Report on vaccination in the Province of Bengal - 1869-1873
Year: 1869
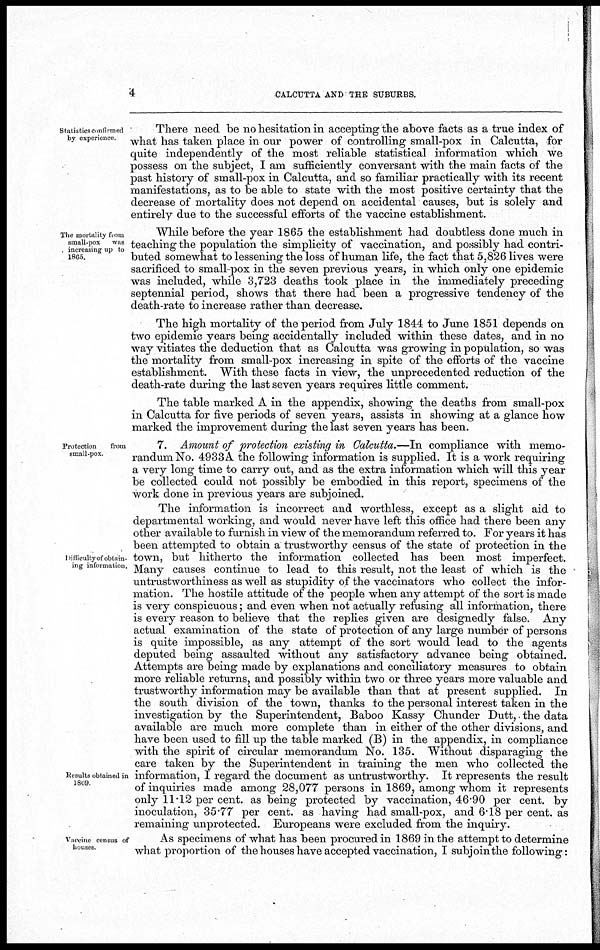
4
CALCUTTA AND THE SUBURBS.
Statistics confirmed
by experience.
There need be no hesitation in accepting the above facts as a true index of
what has taken place in our power of controlling small-pox in Calcutta, for
quite independently of the most reliable statistical information which we
possess on the subject, I am sufficiently conversant with the main facts of the
past history of small-pox in Calcutta, and so familiar practically with its recent
manifestations, as to be able to state with the most positive certainty that the
decrease of mortality does not depend on accidental causes, but is solely and
entirely due to the successful efforts of the vaccine establishment.
The mortality from
small-pox was
increasing up to
1865.
While before the year 1865 the establishment had doubtless done much in
teaching the population the simplicity of vaccination, and possibly had contri-
buted somewhat to lessening the loss of human life, the fact that 5,826 lives were
sacrificed to small pox in the seven previous years, in which only one epidemic
was included, while 3,723 deaths took place in the immediately preceding
septennial period, shows that there had been a progressive tendency of the
death-rate to increase rather than decrease.
The high mortality of the period from July 1844 to June 1851 depends on
two epidemic years being accidentally included within these dates, and in no
way vitiates the deduction that as Calcutta was growing in population, so was
the mortality from small-pox increasing in spite of the efforts of the vaccine
establishment. With these facts in view, the unprecedented reduction of the
death-rate during the last seven years requires little comment.
The table marked A in the appendix, showing the deaths from small-pox
in Calcutta for five periods of seven years, assists in showing at a glance how
marked the improvement during the last seven years has been.
Protection
from
small-pox
7. Amount of protection existing in Calcutta.—In compliance with memo-
randum No. 4933A the following information is supplied. It is a work requiring
a very long time to carry out, and as the extra information which will this year
be collected could not possibly be embodied in this report, specimens of the
work done in previous years are subjoined.
Difficulty of obtain-
ing information.
Results obtained in
1869.
The information is incorrect and worthless, except as a slight aid to
departmental working, and would never have left this office had there been any
other available to furnish in view of the memorandum referred to. For years it has
been attempted to obtain a trustworthy census of the state of protection in the
town, but hitherto the information collected has been most imperfect.
Many causes continue to lead to this result, not the least of which is the
untrustworthiness as well as stupidity of the vaccinators who collect the infor-
mation. The hostile attitude of the people when any attempt of the sort is made
is very conspicuous; and even when not actually refusing all information, there
is every reason to believe that the replies given are designedly false. Any
actual examination of the state of protection of any large number of persons
is quite impossible, as any attempt of the sort would lead to the agents
deputed being assaulted without any satisfactory advance being obtained.
Attempts are being made by explanations and conciliatory measures to obtain
more reliable returns, and possibly within two or three years more valuable and
trustworthy information may be available than that at present supplied. In
the south division of the town, thanks to the personal interest taken in the
investigation by the Superintendent, Baboo Kassy Chunder Dutt, the data
available are much more complete than in either of the other divisions, and
have been used to fill up the table marked (B) in the appendix, in compliance
with the spirit of circular memorandum No. 135. Without disparaging the
care taken by the Superintendent in training the men who collected the
information, I regard the document as untrustworthy. It represents the result
of inquiries made among 28,077 persons in 1869, among whom it represents
only 11.12 per cent. as being protected by vaccination, 46.90 per cent. by
inoculation, 35.77 per cent. as having had small-pox, and 6.18 per cent. as
remaining unprotected. Europeans were excluded from the inquiry.
Vaccine census of
houses
As specimens of what has been procured in 1869 in the attempt to determine
what proportion of the houses have accepted vaccination, I subjoin the following: